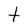
Character: t